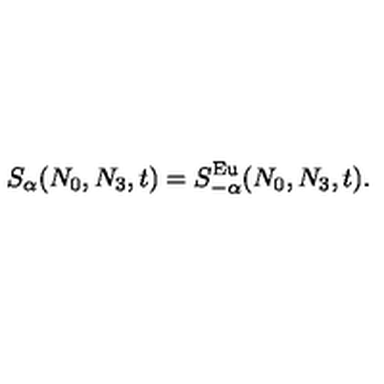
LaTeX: S _ { \alpha } ( N _ { 0 } , N _ { 3 } , t ) = S _ { - \alpha } ^ { \mathrm { E u } } ( N _ { 0 } , N _ { 3 } , t ) .